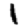
Digit: 1